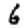
Digit: 6